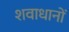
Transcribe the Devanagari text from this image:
शवाधानों